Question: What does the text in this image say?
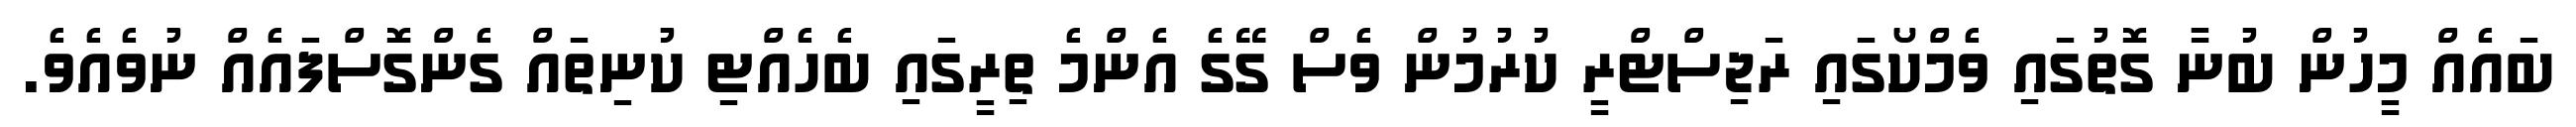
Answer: ބައެއް މީހުން ބުނާ ގޮތުގައި ވެމްކޯގައި ރަޖިސްޓްރީ ކުރުމުން ވެސް ގޭގެ އެންމެ ތިރީގައި ބެހެއްޓި ކުނިތައް ގެންގޮސްފައެއް ނުވެއެވެ.